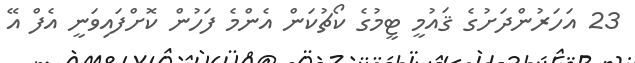
23 އަހަރުންދަށުގެ ޤައުމީ ޓީމުގެ ކޯޗުކަން އެންމެ ފަހުން ކޮށްފައިވަނީ އެފް އޭ